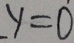
y = 0